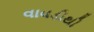
વાવડીથી